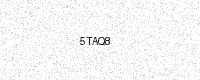
Text: 5TAQ8